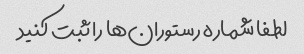
لطفا شماره رستوران‌ها را ثبت کنید